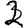
Digit: 2